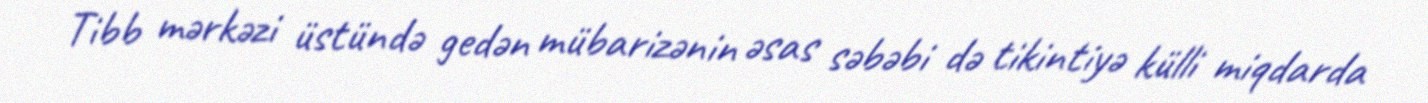
Tibb mərkəzi üstündə gedən mübarizənin əsas səbəbi də tikintiyə külli miqdarda